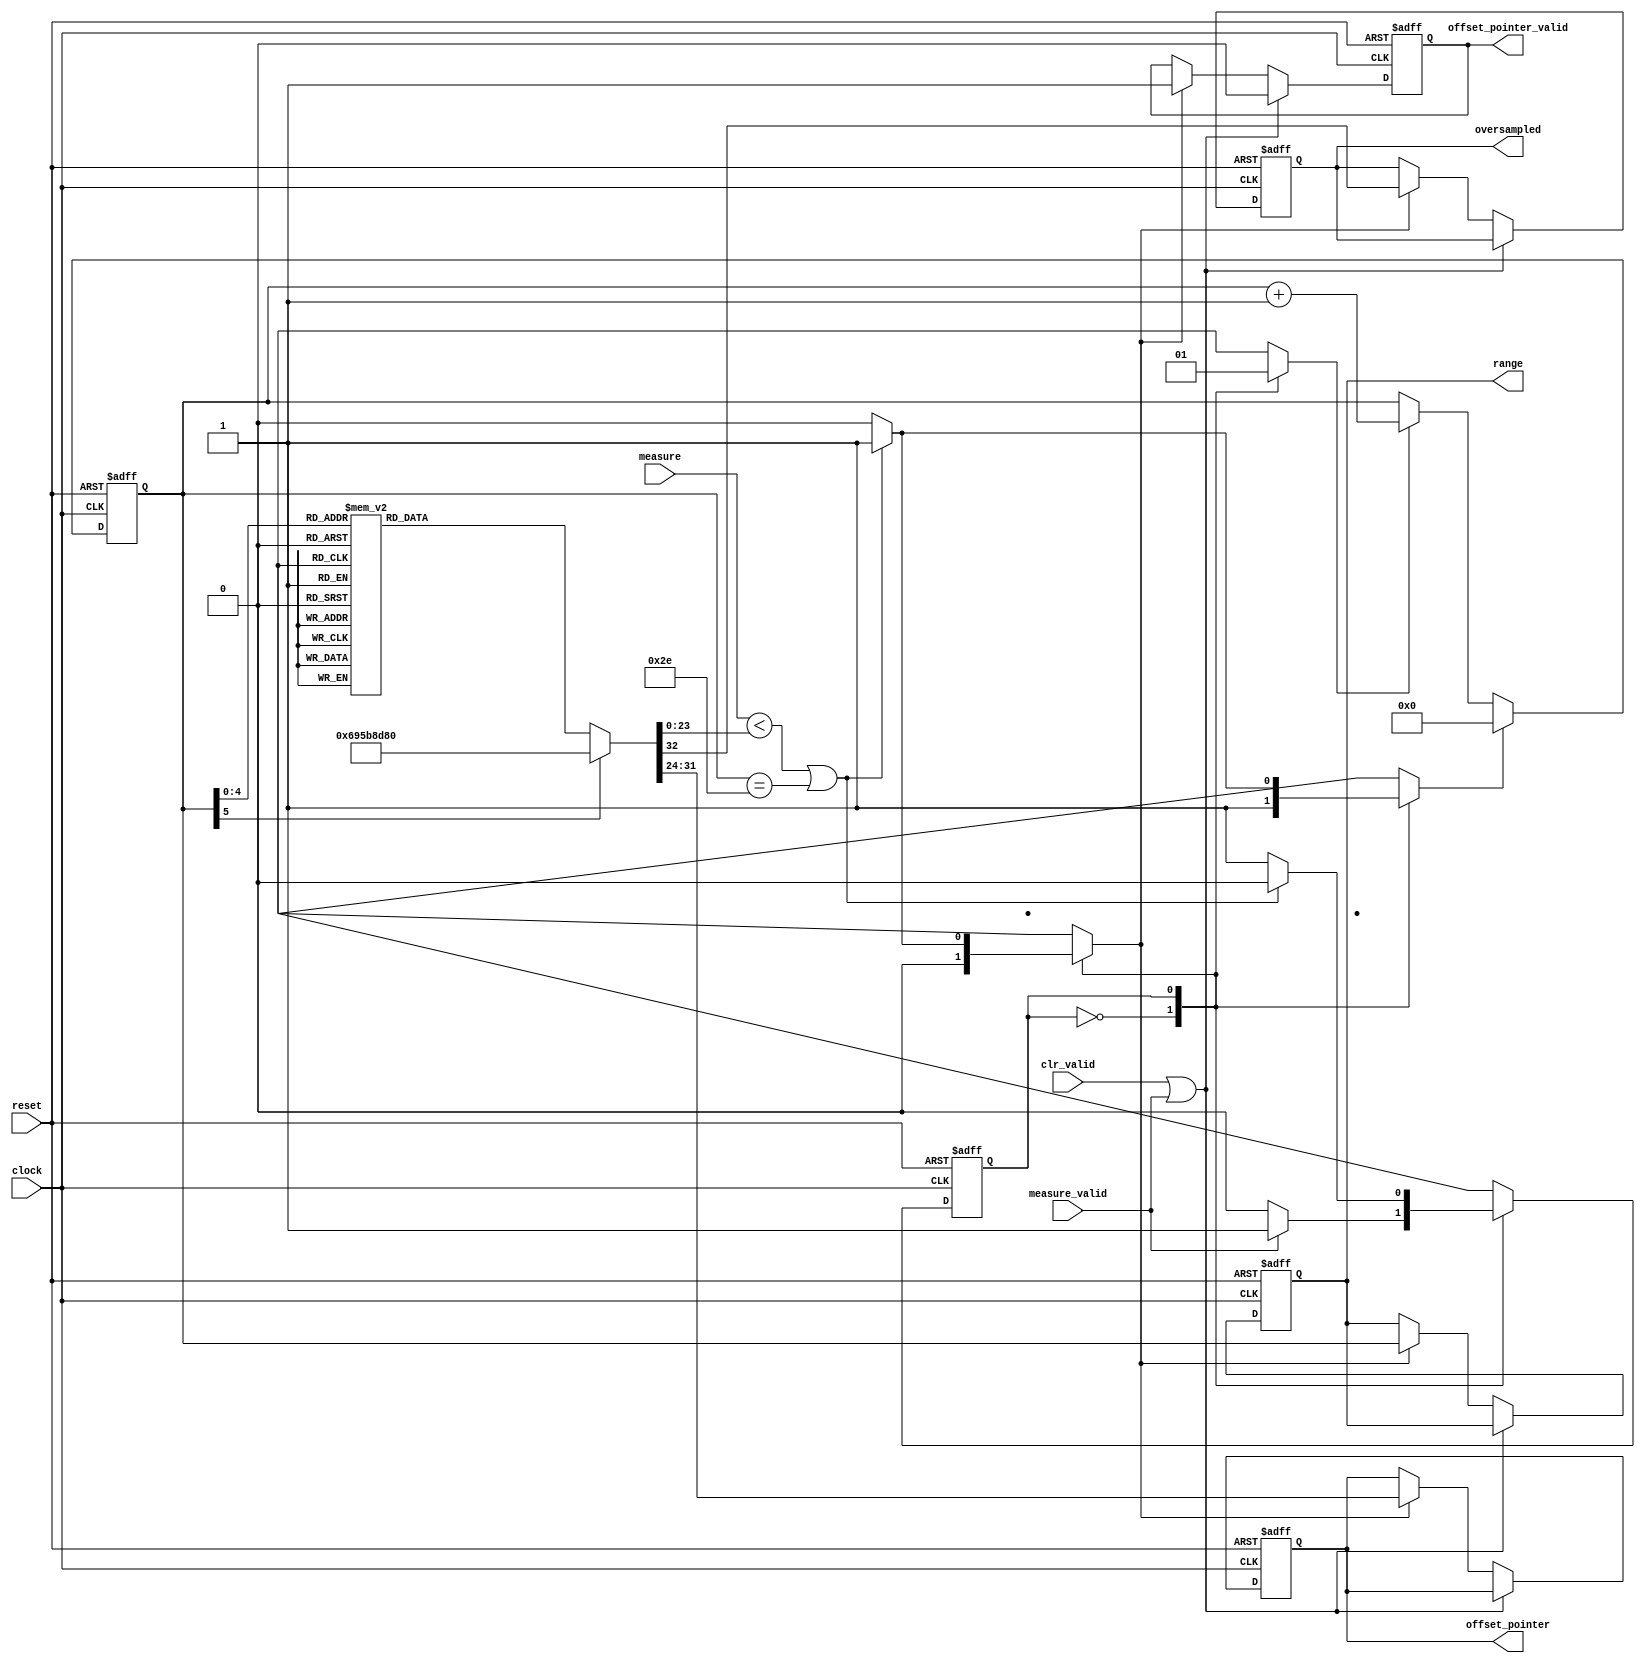
module mr_compare_rx #(
    parameter       FAST_SIMULATION  = 0,
    parameter [3:0] MIF_OFFSET       = 7,  // ROM_DEPTH_FOR_EACH_MIF_RANGE			
    parameter       POINTER_WIDTH    = 8,  // alt_clogb2(TOTAL_ROM_DEPTH_FOR_VALUEMASK)			  
    parameter       LOOPS_MAX        = 46, 		     
    parameter       LOOPS_WIDTH      = 6   // alt_clogb2(LOOPS_MAX)
) (
    input  wire                     clock,
    input  wire                     reset,
    input  wire                     clr_valid,
    input  wire [23:0]              measure,
    input  wire                     measure_valid,
    output wire [POINTER_WIDTH-1:0] offset_pointer,
    output wire                     offset_pointer_valid,
    output wire [LOOPS_WIDTH-1:0]   range,   
    output wire                     oversampled
);
   
// **** PERL SCIPT TO GENERATE BEGIN **** //
// 1.4 threshold (250Mbps to 3400Mbps & equivalent TMDS clock 25MHz to 340MHz)
localparam [23:0]	 
    THRESHOLD_0  = FAST_SIMULATION ? 24'd 220 : 24'd 220000, // THRESHOLD_15 divide 5 (Oversampling)
    THRESHOLD_1  = FAST_SIMULATION ? 24'd 240 : 24'd 240000, // THRESHOLD_16 divide 5 (Oversampling)
    THRESHOLD_2  = FAST_SIMULATION ? 24'd 260 : 24'd 260000, // THRESHOLD_17 divide 5 (Oversampling)
    THRESHOLD_3  = FAST_SIMULATION ? 24'd 300 : 24'd 300000, // THRESHOLD_18 divide 5 (Oversampling)
    THRESHOLD_4  = FAST_SIMULATION ? 24'd 340 : 24'd 340000, // THRESHOLD_19 divide 5 (Oversampling)
    THRESHOLD_5  = FAST_SIMULATION ? 24'd 440 : 24'd 440000, // THRESHOLD_20 divide 5 (Oversampling)
    THRESHOLD_6  = FAST_SIMULATION ? 24'd 480 : 24'd 480000, // THRESHOLD_21 divide 5 (Oversampling)
    THRESHOLD_7  = FAST_SIMULATION ? 24'd 520 : 24'd 520000, // THRESHOLD_22 divide 5 (Oversampling)
    THRESHOLD_8  = FAST_SIMULATION ? 24'd 600 : 24'd 600000, // THRESHOLD_23 divide 5 (Oversampling)
    THRESHOLD_9  = FAST_SIMULATION ? 24'd 680 : 24'd 680000, // THRESHOLD_24 divide 5 (Oversampling)
    THRESHOLD_10 = FAST_SIMULATION ? 24'd 700 : 24'd 700000, // THRESHOLD_25 divide 5 (Oversampling)
    THRESHOLD_11 = FAST_SIMULATION ? 24'd 800 : 24'd 800000, // THRESHOLD_26 divide 5 (Oversampling)
    THRESHOLD_12 = FAST_SIMULATION ? 24'd 900 : 24'd 900000, // THRESHOLD_27 divide 5 (Oversampling)
    THRESHOLD_13 = FAST_SIMULATION ? 24'd 960 : 24'd 960000, // THRESHOLD_28 divide 5 (Oversampling)
    THRESHOLD_14 = FAST_SIMULATION ? 24'd1000 : 24'd1000000, // THRESHOLD_29 divide 5 (Oversampling)
    THRESHOLD_15 = FAST_SIMULATION ? 24'd1100 : 24'd1100000,
    THRESHOLD_16 = FAST_SIMULATION ? 24'd1200 : 24'd1200000,
    THRESHOLD_17 = FAST_SIMULATION ? 24'd1300 : 24'd1300000,
    THRESHOLD_18 = FAST_SIMULATION ? 24'd1500 : 24'd1500000,
    THRESHOLD_19 = FAST_SIMULATION ? 24'd1700 : 24'd1700000,
    THRESHOLD_20 = FAST_SIMULATION ? 24'd2200 : 24'd2200000,
    THRESHOLD_21 = FAST_SIMULATION ? 24'd2400 : 24'd2400000,
    THRESHOLD_22 = FAST_SIMULATION ? 24'd2600 : 24'd2600000,
    THRESHOLD_23 = FAST_SIMULATION ? 24'd3000 : 24'd3000000,
    THRESHOLD_24 = FAST_SIMULATION ? 24'd3400 : 24'd3400000,
    THRESHOLD_25 = FAST_SIMULATION ? 24'd3500 : 24'd3500000,
    THRESHOLD_26 = FAST_SIMULATION ? 24'd4000 : 24'd4000000,
    THRESHOLD_27 = FAST_SIMULATION ? 24'd4500 : 24'd4500000,
    THRESHOLD_28 = FAST_SIMULATION ? 24'd4800 : 24'd4800000,
    THRESHOLD_29 = FAST_SIMULATION ? 24'd5200 : 24'd5200000,
    THRESHOLD_30 = FAST_SIMULATION ? 24'd6000 : 24'd6000000;
   
localparam [4:0]
    ROM_OFFSET_0  = 0,  // less than 1100 or 220
    ROM_OFFSET_1  = 1,  // less than 1200 or 240
    ROM_OFFSET_2  = 2,  // less than 1300 or 260
    ROM_OFFSET_3  = 3,  // less than 1500 or 300
    ROM_OFFSET_4  = 4,  // less than 1700 or 340
    ROM_OFFSET_5  = 5,  // less than 2200 or 440
    ROM_OFFSET_6  = 6,  // less than 2400 or 480
    ROM_OFFSET_7  = 7,  // less than 2600 or 520
    ROM_OFFSET_8  = 8,  // less than 3000 or 600
    ROM_OFFSET_9  = 9,  // less than 3400 or 680
    ROM_OFFSET_10 = 10, // less than 3500 or 700
    ROM_OFFSET_11 = 11, // less than 4000 or 800
    ROM_OFFSET_12 = 12, // less than 4500 or 900
    ROM_OFFSET_13 = 13, // less than 4800 or 960
    ROM_OFFSET_14 = 14, // less than 5200 or 1000
    ROM_OFFSET_15 = 15; // less than 6000
// **** PERL SCIPT TO GENERATE END ****** //

reg                     current_state;
reg                     next_state;
reg                     inc_loops;
reg                     clr_loops;
reg                     set_valid;
reg [LOOPS_WIDTH-1:0]   loops;
reg [23:0]              threshold;
reg [POINTER_WIDTH-1:0] offset_ptr;
reg [POINTER_WIDTH-1:0] offset_ptr_r;
reg                     offset_ptr_valid_r;
reg [LOOPS_WIDTH-1:0]   range_r;
reg                     os;
reg                     os_r;
wire                    match;
wire                    loops_max;
   
// Simple FSM to sequentially compare against the predefined thresholds
always @ (posedge clock or posedge reset)
begin
    if (reset) begin
        current_state <= 1'b0;    
    end else begin
        current_state <= next_state;
    end  
end

always @ (*)
begin
    next_state = current_state;
    clr_loops = 1'b0;
    inc_loops = 1'b0;
    set_valid = 1'b0;
      
    case (current_state)
        0: begin
            clr_loops = 1'b1;
            if (measure_valid) begin
                next_state = 1'b1;
            end        
        end
        
        1: begin
            inc_loops = 1'b1;
            if (match | loops_max) begin
               set_valid = 1'b1;
               clr_loops = 1'b1;
               next_state = 1'b0;
            end                         
        end
    endcase  
end 

always @ (posedge clock or posedge reset)
begin
    if (reset) begin
       loops <= {LOOPS_WIDTH{1'b0}};
    end else begin
        if (clr_loops) begin
            loops <= 0;
        end else if (inc_loops) begin
            loops <= loops + {{{LOOPS_WIDTH-1}{1'b0}},1'b1};
        end 
    end
end 

// **** PERL SCIPT TO GENERATE BEGIN **** //
// 1.4 combinatorial
always @ (loops)
begin
    threshold  = THRESHOLD_30; 
    offset_ptr = ROM_OFFSET_15 * MIF_OFFSET; // was offset_ptr_r
    os         = 1'b0; // was or_r
    case (loops)                                                                                    
        0:  begin threshold = THRESHOLD_0;  offset_ptr = ROM_OFFSET_0 * MIF_OFFSET;  os = 1'b1; end // <22MHz
        1:  begin threshold = THRESHOLD_1;  offset_ptr = ROM_OFFSET_1 * MIF_OFFSET;  os = 1'b1; end // <24MHz
        2:  begin threshold = THRESHOLD_2;  offset_ptr = ROM_OFFSET_2 * MIF_OFFSET;  os = 1'b1; end // <26MHz
        3:  begin threshold = THRESHOLD_3;  offset_ptr = ROM_OFFSET_3 * MIF_OFFSET;  os = 1'b1; end // <30MHz
        4:  begin threshold = THRESHOLD_4;  offset_ptr = ROM_OFFSET_4 * MIF_OFFSET;  os = 1'b1; end // <34MHz
        5:  begin threshold = THRESHOLD_5;  offset_ptr = ROM_OFFSET_5 * MIF_OFFSET;  os = 1'b1; end // <44MHz
        6:  begin threshold = THRESHOLD_6;  offset_ptr = ROM_OFFSET_6 * MIF_OFFSET;  os = 1'b1; end // <48MHz
        7:  begin threshold = THRESHOLD_7;  offset_ptr = ROM_OFFSET_7 * MIF_OFFSET;  os = 1'b1; end // <52MHz
        8:  begin threshold = THRESHOLD_8;  offset_ptr = ROM_OFFSET_8 * MIF_OFFSET;  os = 1'b1; end // <60MHz
        9:  begin threshold = THRESHOLD_9;  offset_ptr = ROM_OFFSET_9 * MIF_OFFSET;  os = 1'b1; end // <68MHz
        10: begin threshold = THRESHOLD_10; offset_ptr = ROM_OFFSET_10 * MIF_OFFSET; os = 1'b1; end // <70MHz
        11: begin threshold = THRESHOLD_11; offset_ptr = ROM_OFFSET_11 * MIF_OFFSET; os = 1'b1; end // <80MHz
        12: begin threshold = THRESHOLD_12; offset_ptr = ROM_OFFSET_12 * MIF_OFFSET; os = 1'b1; end // <90MHz
        13: begin threshold = THRESHOLD_13; offset_ptr = ROM_OFFSET_13 * MIF_OFFSET; os = 1'b1; end // <96MHz
        14: begin threshold = THRESHOLD_14; offset_ptr = ROM_OFFSET_14 * MIF_OFFSET; os = 1'b1; end // <100MHz
        15: begin threshold = THRESHOLD_15; offset_ptr = ROM_OFFSET_0 * MIF_OFFSET;  os = 1'b0; end // <110MHz
        16: begin threshold = THRESHOLD_16; offset_ptr = ROM_OFFSET_1 * MIF_OFFSET;  os = 1'b0; end // <120MHz
        17: begin threshold = THRESHOLD_17; offset_ptr = ROM_OFFSET_2 * MIF_OFFSET;  os = 1'b0; end // <130MHz
        18: begin threshold = THRESHOLD_18; offset_ptr = ROM_OFFSET_3 * MIF_OFFSET;  os = 1'b0; end // <150MHz
        19: begin threshold = THRESHOLD_19; offset_ptr = ROM_OFFSET_4 * MIF_OFFSET;  os = 1'b0; end // <170MHz
        20: begin threshold = THRESHOLD_20; offset_ptr = ROM_OFFSET_5 * MIF_OFFSET;  os = 1'b0; end // <220MHz
        21: begin threshold = THRESHOLD_21; offset_ptr = ROM_OFFSET_6 * MIF_OFFSET;  os = 1'b0; end // <240MHz
 	      22: begin threshold = THRESHOLD_22; offset_ptr = ROM_OFFSET_7 * MIF_OFFSET;  os = 1'b0; end // <260MHz
        23: begin threshold = THRESHOLD_23; offset_ptr = ROM_OFFSET_8 * MIF_OFFSET;  os = 1'b0; end // <300MHz
        24: begin threshold = THRESHOLD_24; offset_ptr = ROM_OFFSET_9 * MIF_OFFSET;  os = 1'b0; end // <340MHz
        25: begin threshold = THRESHOLD_25; offset_ptr = ROM_OFFSET_10 * MIF_OFFSET; os = 1'b0; end // <350MHz
        26: begin threshold = THRESHOLD_26; offset_ptr = ROM_OFFSET_11 * MIF_OFFSET; os = 1'b0; end // <400MHz
        27: begin threshold = THRESHOLD_27; offset_ptr = ROM_OFFSET_12 * MIF_OFFSET; os = 1'b0; end // <450MHz
        28: begin threshold = THRESHOLD_28; offset_ptr = ROM_OFFSET_13 * MIF_OFFSET; os = 1'b0; end // <480MHz
        29: begin threshold = THRESHOLD_29; offset_ptr = ROM_OFFSET_14 * MIF_OFFSET; os = 1'b0; end // <520MHz
        30: begin threshold = THRESHOLD_30; offset_ptr = ROM_OFFSET_15 * MIF_OFFSET; os = 1'b0; end // <600MHz
	     default: begin 
		            threshold = THRESHOLD_30; offset_ptr = ROM_OFFSET_15 * MIF_OFFSET; os = 1'b0; end // <600MHz
    endcase
end 
// **** PERL SCIPT TO GENERATE END ****** //

assign match = measure < threshold;
assign loops_max = loops == LOOPS_MAX;

// Outputs
always @ (posedge clock or posedge reset)
begin
    if (reset) begin
        offset_ptr_r <= ROM_OFFSET_15 * MIF_OFFSET;
        offset_ptr_valid_r <= 1'b0;
        os_r <= 1'b0;
        range_r <= {LOOPS_WIDTH{1'b0}};
    end else begin
        if (clr_valid | measure_valid) begin
            offset_ptr_valid_r <= 1'b0;
        end else if (set_valid) begin
            offset_ptr_r <= offset_ptr;
            offset_ptr_valid_r <= 1'b1;
            os_r <= os;
            range_r <= loops;
        end 
    end
end

assign offset_pointer = offset_ptr_r;
assign offset_pointer_valid = offset_ptr_valid_r;
assign oversampled = os_r;
assign range = range_r;

endmodule